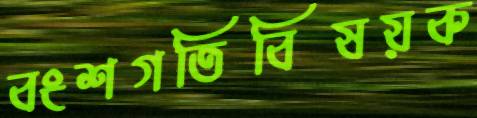
বংশগতিবিষয়ক